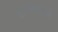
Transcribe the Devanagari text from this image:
होस्पिसिओ